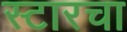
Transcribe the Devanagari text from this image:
स्टारचा